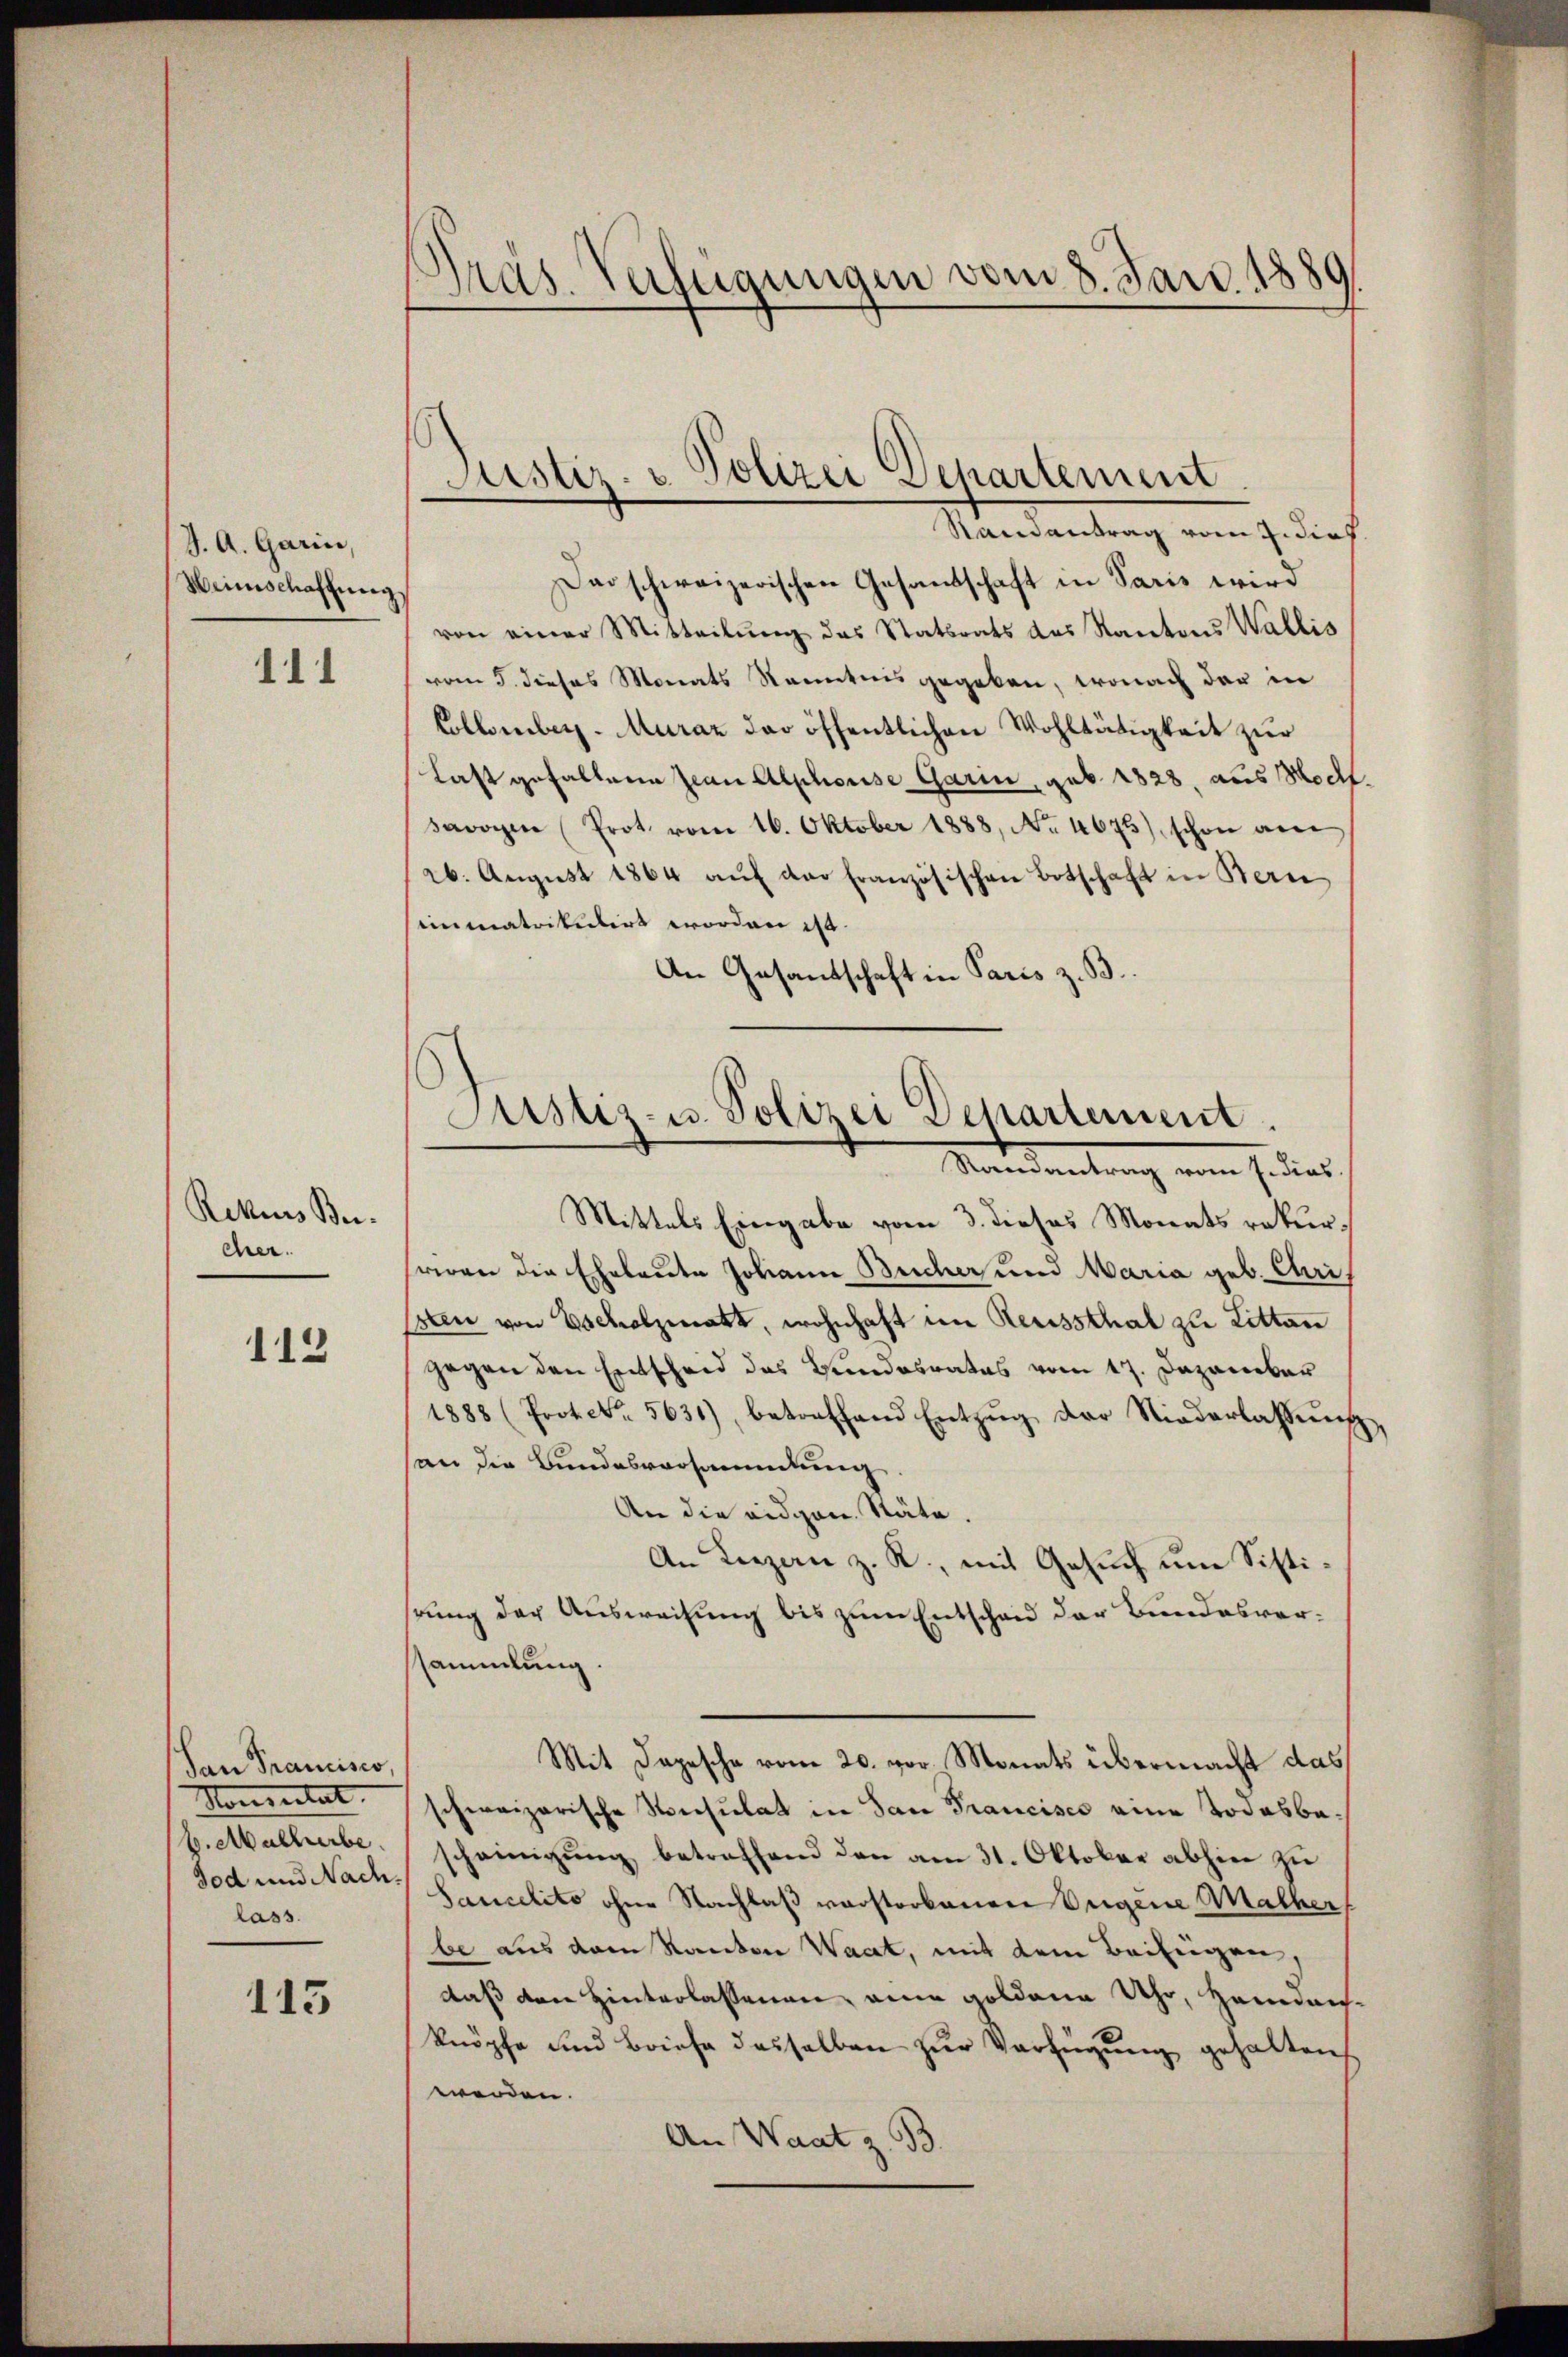
J. A. Garin,
Weinschaffung

111

Rikus Be
cher.

112

San Francisco,
Momentat
b. Malherbe
Tod und Nach
lass

113

Präs. Verfügungen vom 8. Jan. 1889

Dar schweizerischen Gesandschaft in Paris wird
von einer Mitteilŭng das Statsrats des Kantons Wallis
vom 5. dieses Monats Kenntnis gegeben, wonach der in
Collenberg-Muraz der öffentlichen Wohltätigkeit zur
Last gefallene Jean Alphorise Garin, geb. 1828, aus Mocht.
savoyen (Prot. vom 16. Oktober 1888, No. 4675), schon am
26. August 1864 aŭf der französischen Botschaft in Bern
immatrikulirt worden ist.
An Gesandschaft in Paris z. B.

Justiz- & Polizei Departement.
Ramantrag vom 7. dies

Justiz- u Polizei Departement.
Mandantrag von so dies

Mittels Eingabe vom 3. dieses Monats rekurweren die Eheleute Johann Beicher und Maria geb. Chri
1sten von Escholzmatt, wohnhaft im Reussthal zu Litten
gegen den Entscheid das Bundesrates vom 17. Dezember
1888 (Prote. 5631), betreffend Entzŭg der Niederlassŭng
an die Bundesversammlung
An die eidgen. Stäte.
An Liezen z. R., mit Gesuch um Sistihrung der Ausweisung bis zum Entscheid der Bundesversammlung.
Mit Depesche vom 20. vor Monats übermacht das
schweizerische Resulat in San Francisco eine Todesbascheinigung betreffend den am 31. Oktober abhier zu
Saucelite ohne Nachlaß verstorbenen Origene Malher
be aus dem Kanton Waat, mit dem Beifügen,
daß dere Hinterlassenen, eine goldena Uhr, Heiden-
knöpfe und Briefe dasselben zŭr Verfügŭng gehalten
werden.
An Waat z. B.